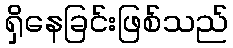
ရှိနေခြင်းဖြစ်သည်